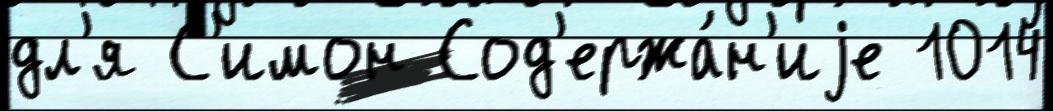
дл'я С'имон Сод'ержа́н'иjе 1014